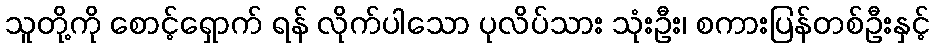
သူတို့ကို စောင့်ရှောက် ရန် လိုက်ပါသော ပုလိပ်သား သုံးဦး၊ စကားပြန်တစ်ဦးနှင့်